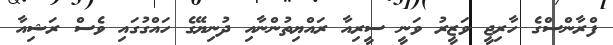
ފްރާންސްގެ ހާރިޖީ ވަޒީރު ވަނީ ސީރިއާ ރައްޔިތުންނާއި ދުނިޔޭގެ ހައްގުގައި ވެސް ރަޝިއާ